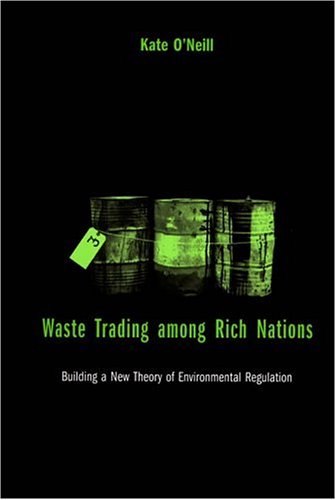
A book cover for Waste Trading among Rich Nations: Building a New Theory of Environmental Regulation (American and Comparative Environmental Policy); Kate O'Neill; Science & Math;